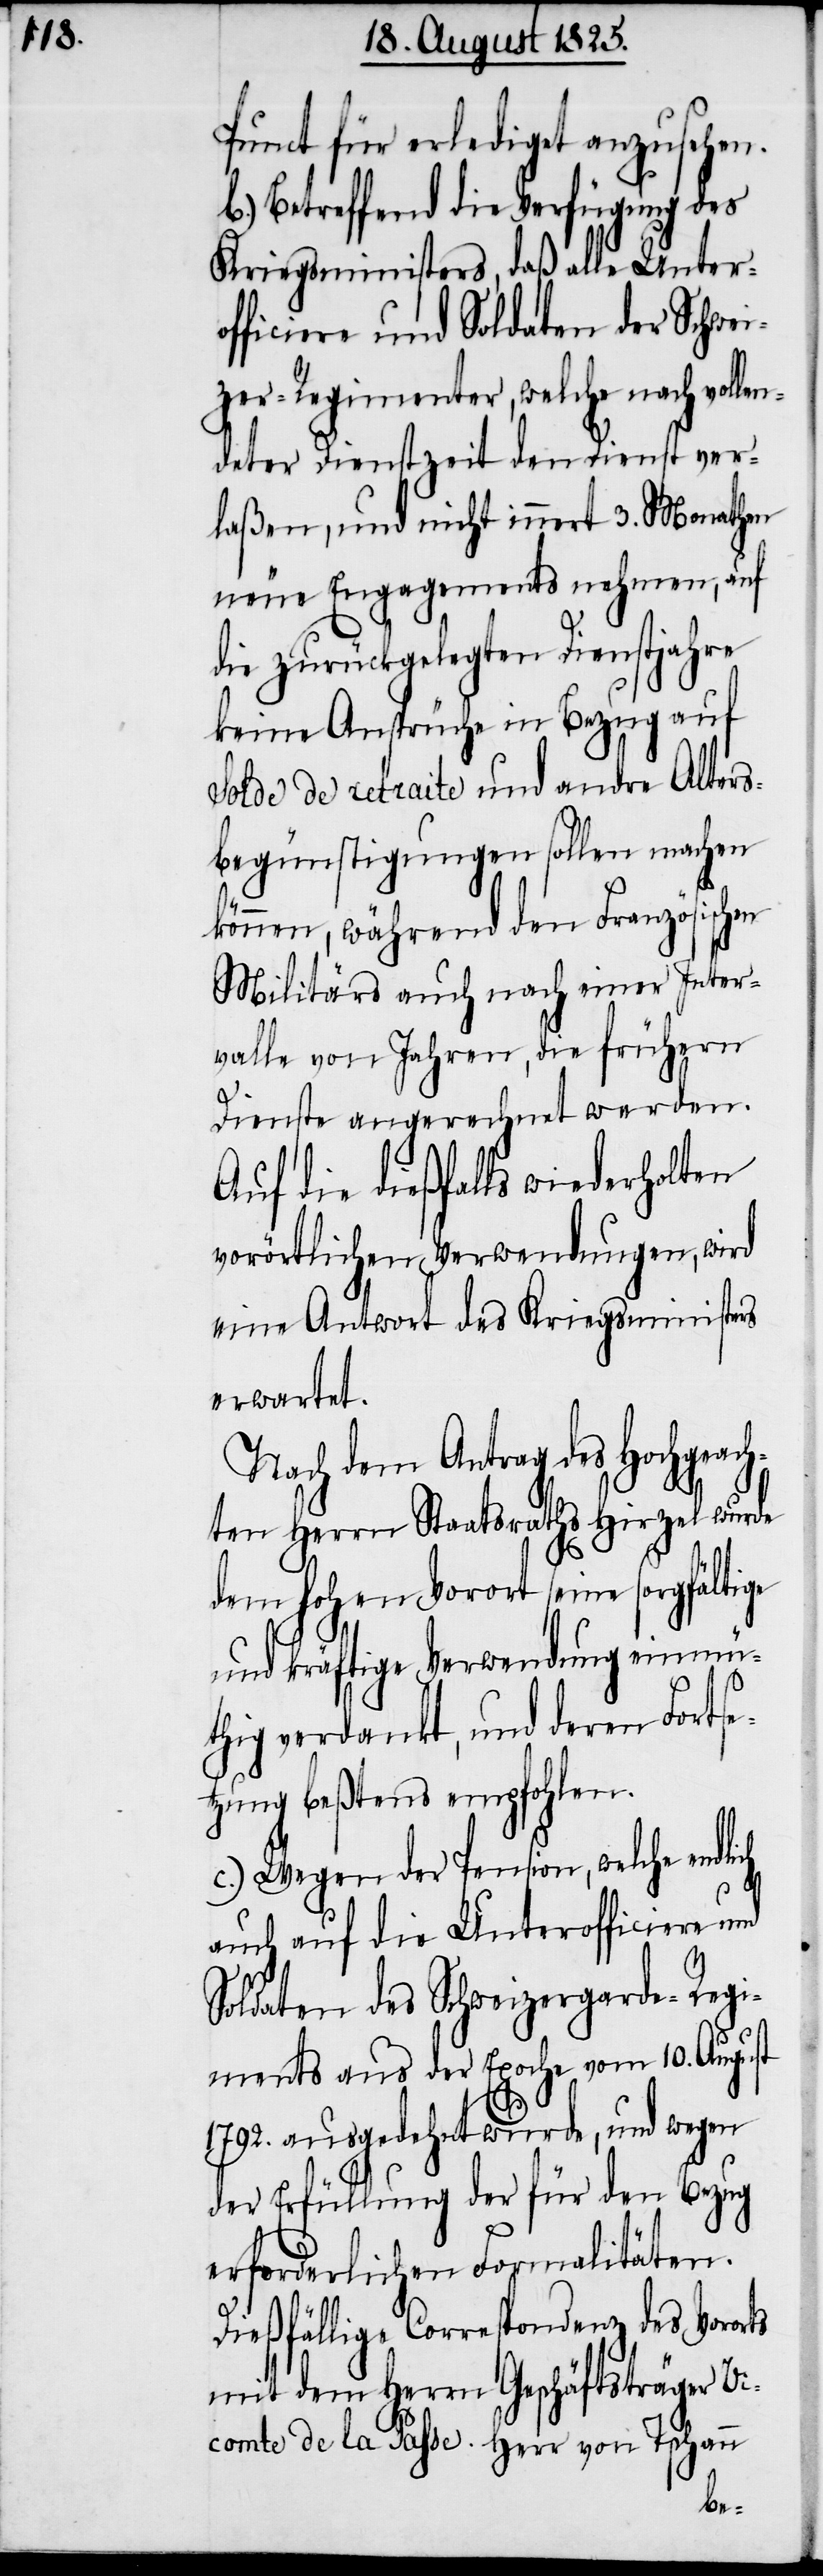
Punct für erlediget anzusehen.
b.) Betreffend die Verfügung des
Kriegsministers, daß alle Untero¬
fficiere und Soldaten der Schwei¬
zer-Regimenter, welche nach vollen¬
deter Dienstzeit den Dienst ver¬
laßen, und nicht innert 3. Monathen
neue Engagements nehmen, auf
die zurückgelegten Dienstjahre
keine Ansprüche in Bezug auf
Solde de retraite und andre Alters¬
begünstigungen sollen machen
können, während den Französischen
Militärs auch nach einer Inter¬
valle von Jahren, die frühern
Dienste angerechnet werden.
Auf die dießfalls wiederholten
vorörtlichen Verwendungen, wird
eine Antwort des Kriegsministers
erwartet.
Nach dem Antrag des Hochgeach¬
ten Herrn Staatsraths Hirzel wurde
dem hohen Vorort seine sorgfältige
und kräftige Verwendung einmü¬
thig verdankt, und deren Fortse¬
tzung beßtens empfohlen.
c.) Wegen der Pension, welche
auch auf die Unterofficiere und
Soldaten des Schweizergarde-Regi¬
ments aus der Epoche vom 10. August
1792. ausgedehnt wurde, und wegen
der Erfüllung der für den Bezug
erforderlichen Formalitäten.
Dießfällige Correspondenz des Vororts
mit dem Herrn Geschäftsträger Vi¬
comte de la Passe. Herr von Tschann